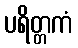
ပရိတ္တကံ